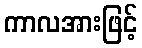
ကာလအားဖြင့်